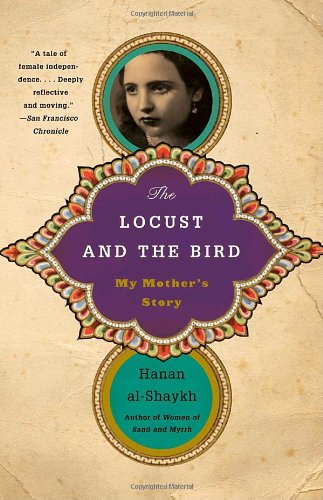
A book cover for The Locust and the Bird: My Mother's Story; Hanan al-Shaykh; Religion & Spirituality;